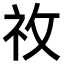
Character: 𥘦